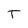
Character: T